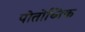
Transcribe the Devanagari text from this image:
पोतोच्निक